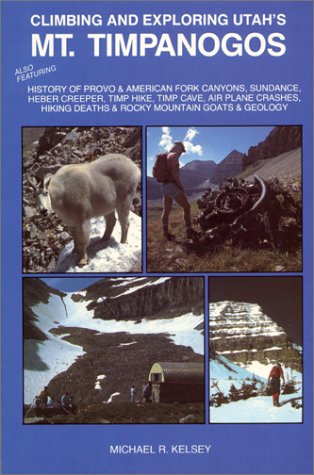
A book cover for Climbing and Exploring Utah's Mt. Timpanogos : Also Featuring - History of Provo & American Fork Canyons, Sundance, Heber Creeper, Timp Hike, Timp ... Deaths & Rocky Mountain Goats & Geology; Michael R. Kelsey; Travel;